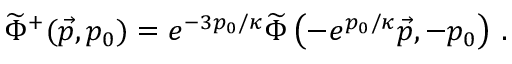
{ \widetilde { \Phi } } ^ { + } ( \vec { p } , p _ { 0 } ) = e ^ { - { 3 p _ { 0 } / \kappa } } { \widetilde { \Phi } } \left( - e ^ { p _ { 0 } / \kappa } \vec { p } , - p _ { 0 } \right) \, .